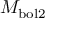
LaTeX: M _ { \mathrm { b o l 2 } }